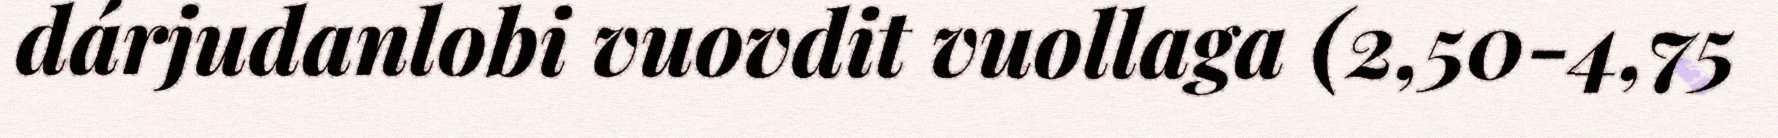
dárjudanlobi vuovdit vuollaga (2,50-4,75